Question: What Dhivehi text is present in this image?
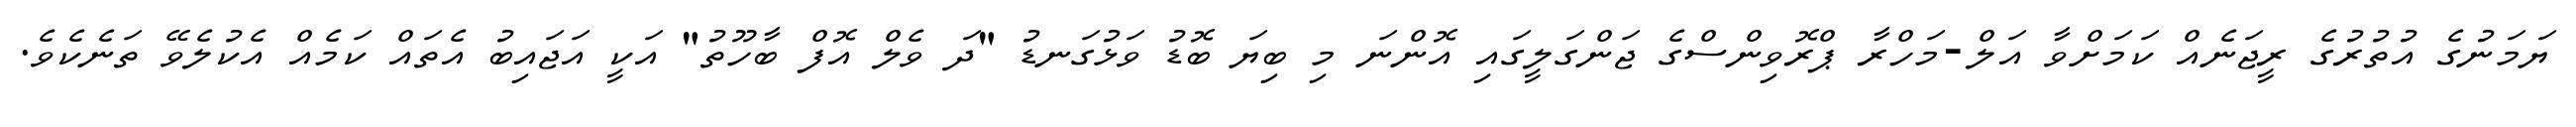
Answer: ޔަމަނުގެ އުތުރުގެ ރީޖަނެއް ކަމަށްވާ އަލް-މަހްރާ ޕްރޮވިންސްގެ ޖަންގަލީގައި އޮންނަ މި ބިޔަ ބޮޑު ވަޅުގަނޑު "ދަ ވެލް އޮފް ބާހޫތު" އަކީ އަޖައިބު އެތައް ކަމެއް އެކުލެވޭ ތަނެކެވެ.